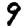
Digit: 9